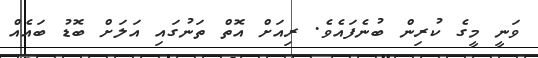
ވަނީ މީގެ ކުރިން ބުނެފައެވެ. ރިއަށް އޮތް ތަނުގައި އަލަށް ބޮޑު ބައެއް